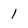
Character: 1